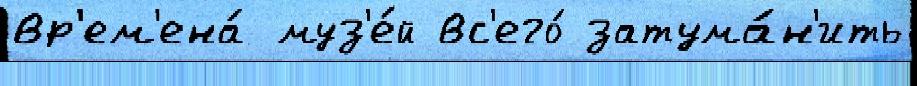
вр'ем'ена́ муз'е́й вс'его́ затума́н'ить